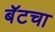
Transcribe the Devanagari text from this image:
बॅटचा